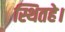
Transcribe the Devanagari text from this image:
स्थितहे।